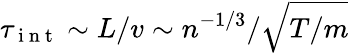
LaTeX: \tau_{\mathrm{~i~n~t~}}\sim L/v\sim n^{-1/3}/\sqrt{T/m}